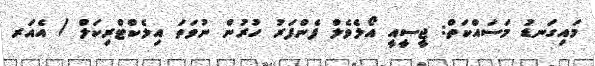
މައިގަނޑު މަސައްކަތް: ޖީސީއީ އޯލެވެލް ފެންފަރު ހުރުން ނުވަތަ އިލެކްޓްރިކަލް / އެއަރ